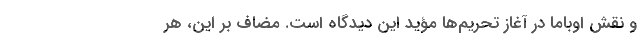
و نقش اوباما در آغاز تحریم‌ها مؤید این دیدگاه است. مضاف بر این، هر